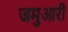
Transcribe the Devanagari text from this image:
जमुआरी